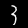
Digit: 3